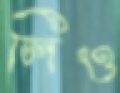
লিও